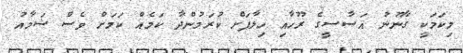
މިކަމަކީ ގާނޫނު އަސާސީގެ ރޫހާއި ހިލާފަށް ކުރަމުންދާ ކަމެއް ކަމަށް ވެސް ޝަމާއު